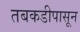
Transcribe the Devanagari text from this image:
तबकडीपासून